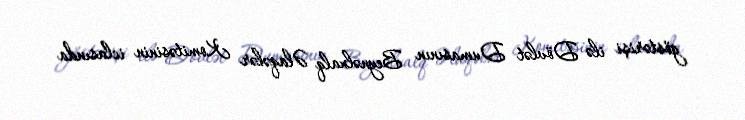
göstərişi ilə Dövlət Dumasının Beynəlxalq Əlaqələr Komitəsinin iclasında